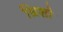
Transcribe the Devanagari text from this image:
म्रिशो